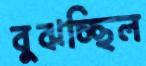
বুঝচ্ছিল